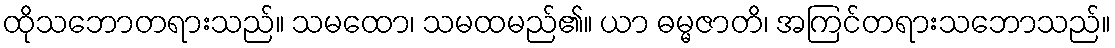
ထိုသဘောတရားသည်။ သမထော၊ သမထမည်၏။ ယာ ဓမ္မဇာတိ၊ အကြင်တရားသဘောသည်။